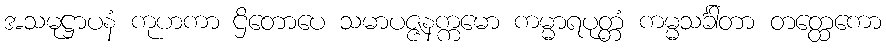
အသမုဋ္ဌာပနံ ကုဟကာ ဌိတောပေ သမာပဇ္ဇနက္ကမော ကမ္မာရပုတ္တံ ကမ္မသင်္ခါတာ တတ္ထေကော